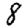
Digit: 8